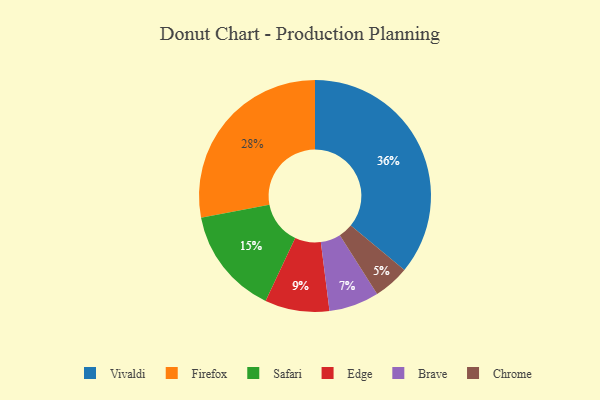
{"axis": {"x": "Category", "y": "Percentage"}, "legend": ["Brave", "Chrome", "Edge", "Firefox", "Safari", "Vivaldi"], "data": [{"x": "Chrome", "y": 5, "type": "Chrome"}, {"x": "Safari", "y": 15, "type": "Safari"}, {"x": "Brave", "y": 7, "type": "Brave"}, {"x": "Vivaldi", "y": 36, "type": "Vivaldi"}, {"x": "Edge", "y": 9, "type": "Edge"}, {"x": "Firefox", "y": 28, "type": "Firefox"}]}